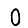
Digit: 0